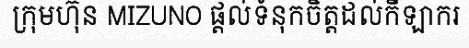
ក្រុមហ៊ុន MIZUNO ផ្តល់ទំនុកចិត្តដល់កីឡាករ